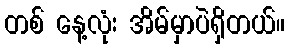
တစ် နေ့လုံး အိမ်မှာပဲရှိတယ်။